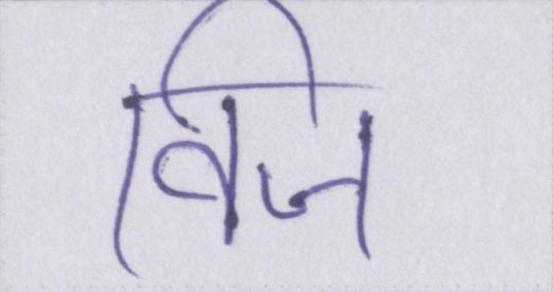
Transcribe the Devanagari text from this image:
विज